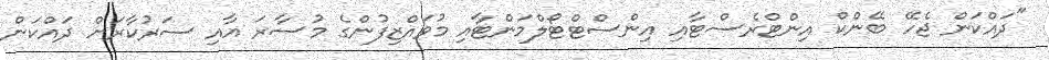
"ދައްކަން ޖެހޭ ބޭންކް އިންޓްރެސްޓާއި އިންސްޓްޓޯލްމަންޓާއި މުވައްޒިފުންގެ މުސާރަ އާއި ސަރުކާރަށް ދައްކަން